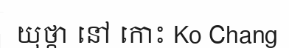
យុថ្កា នៅ កោះ Ko Chang